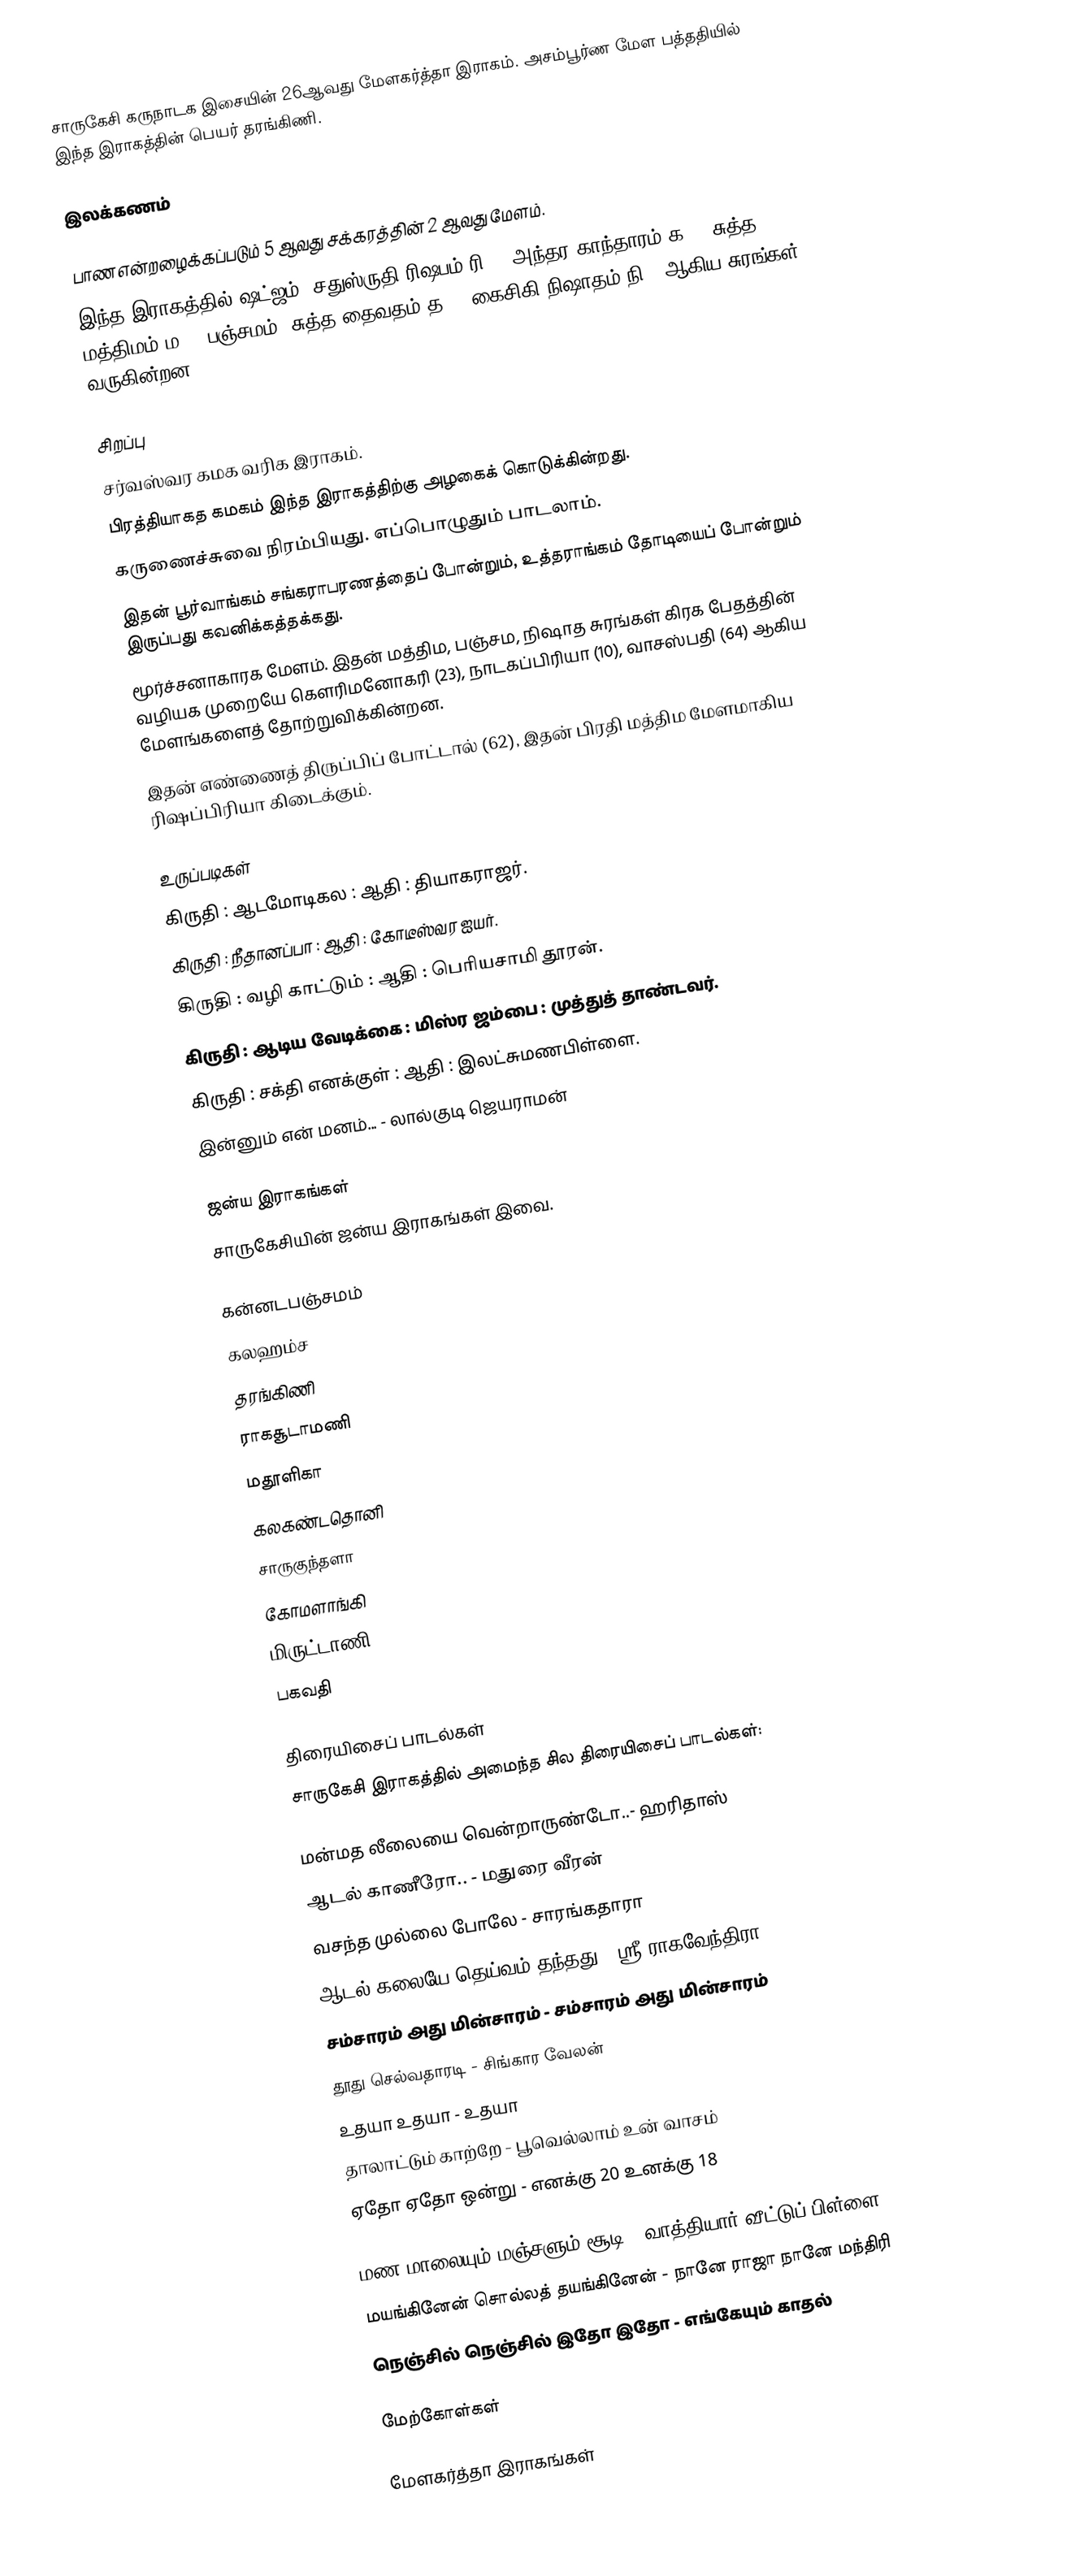
சாருகேசி கருநாடக இசையின் 26ஆவது மேளகர்த்தா இராகம். அசம்பூர்ண மேள பத்ததியில் இந்த இராகத்தின் பெயர் தரங்கிணி.

இலக்கணம்

 பாண என்றழைக்கப்படும் 5 ஆவது சக்கரத்தின் 2 ஆவது மேளம்.
 இந்த இராகத்தில் ஷட்ஜம், சதுஸ்ருதி ரிஷபம்(ரி2), அந்தர காந்தாரம்(க3), சுத்த மத்திமம்(ம1), பஞ்சமம், சுத்த தைவதம்(த1), கைசிகி நிஷாதம்(நி2) ஆகிய சுரங்கள் வருகின்றன.

சிறப்பு
 சர்வஸ்வர கமக வரிக இராகம்.
 பிரத்தியாகத கமகம் இந்த இராகத்திற்கு அழகைக் கொடுக்கின்றது.
 கருணைச்சுவை நிரம்பியது. எப்பொழுதும் பாடலாம்.
 இதன் பூர்வாங்கம் சங்கராபரணத்தைப் போன்றும், உத்தராங்கம் தோடியைப் போன்றும் இருப்பது கவனிக்கத்தக்கது.
 மூர்ச்சனாகாரக மேளம். இதன் மத்திம, பஞ்சம, நிஷாத சுரங்கள் கிரக பேதத்தின் வழியக முறையே கௌரிமனோகரி (23), நாடகப்பிரியா (10), வாசஸ்பதி (64) ஆகிய மேளங்களைத் தோற்றுவிக்கின்றன.
 இதன் எண்ணைத் திருப்பிப் போட்டால் (62), இதன் பிரதி மத்திம மேளமாகிய ரிஷப்பிரியா கிடைக்கும்.

உருப்படிகள்
 கிருதி	: ஆடமோடிகல	: ஆதி		: தியாகராஜர்.
 கிருதி		: நீதானப்பா	: ஆதி		: கோடீஸ்வர ஐயர்.
 கிருதி		: வழி காட்டும்	: ஆதி		: பெரியசாமி தூரன்.
 கிருதி		: ஆடிய வேடிக்கை	: மிஸ்ர ஜம்பை	: முத்துத் தாண்டவர்.
 கிருதி		: சக்தி எனக்குள்	: ஆதி		: இலட்சுமணபிள்ளை.
 இன்னும் என் மனம்... - லால்குடி ஜெயராமன்

ஜன்ய இராகங்கள்
சாருகேசியின் ஜன்ய இராகங்கள் இவை.

 கன்னடபஞ்சமம்
 கலஹம்ச
 தரங்கிணி
 ராகசூடாமணி
 மதூளிகா
 கலகண்டதொனி
 சாருகுந்தளா
 கோமளாங்கி
 மிருட்டாணி
 பகவதி

திரையிசைப் பாடல்கள்
சாருகேசி இராகத்தில் அமைந்த சில திரையிசைப் பாடல்கள்:

 மன்மத லீலையை வென்றாருண்டோ..-  ஹரிதாஸ்
 ஆடல் காணீரோ.. - மதுரை வீரன்
 வசந்த முல்லை போலே - சாரங்கதாரா
 ஆடல் கலையே தெய்வம் தந்தது - ஸ்ரீ ராகவேந்திரா
 சம்சாரம் அது மின்சாரம் - சம்சாரம் அது மின்சாரம்
 தூது செல்வதாரடி - சிங்கார வேலன்
 உதயா உதயா - உதயா
 தாலாட்டும் காற்றே - பூவெல்லாம் உன் வாசம்
 ஏதோ ஏதோ ஒன்று - எனக்கு 20 உனக்கு 18

 மண மாலையும் மஞ்சளும் சூடி - வாத்தியார் வீட்டுப் பிள்ளை
 மயங்கினேன் சொல்லத் தயங்கினேன் - நானே ராஜா நானே மந்திரி
 நெஞ்சில் நெஞ்சில் இதோ இதோ - எங்கேயும் காதல்

மேற்கோள்கள்

மேளகர்த்தா இராகங்கள்